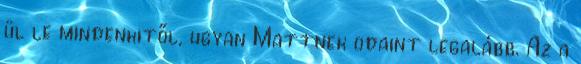
ül le mindenkitől, ugyan Mattnek odaint legalább. Az a